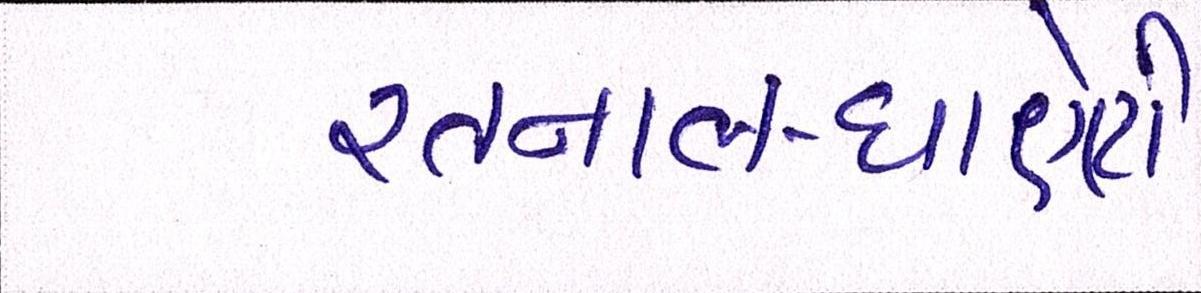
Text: રતનાલ-ધાણેટી